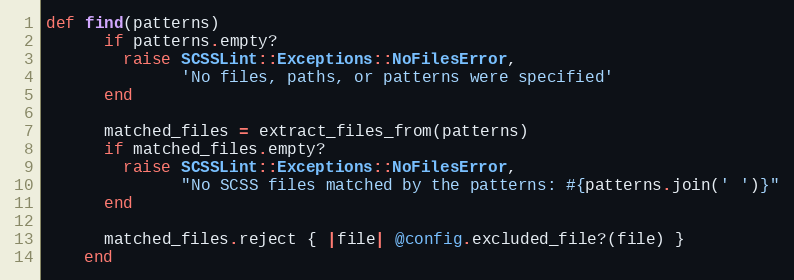
Language: Ruby
def find(patterns)
      if patterns.empty?
        raise SCSSLint::Exceptions::NoFilesError,
              'No files, paths, or patterns were specified'
      end

      matched_files = extract_files_from(patterns)
      if matched_files.empty?
        raise SCSSLint::Exceptions::NoFilesError,
              "No SCSS files matched by the patterns: #{patterns.join(' ')}"
      end

      matched_files.reject { |file| @config.excluded_file?(file) }
    end